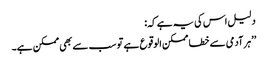
دلیل اس کی یہ ہے کہ:
’’ہر آدمی سے خطا ممکن الوقوع ہے تو سب سے بھی ممکن ہے۔